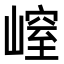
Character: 𡻜